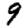
Digit: 9